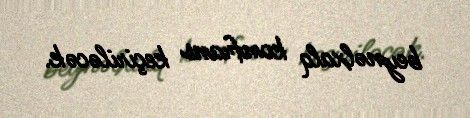
beynəlxalq konfrans keçiriləcək.